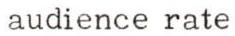
audience rate